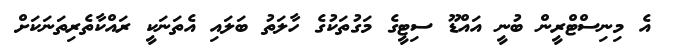
އެ މިނިސްޓްރީން ބުނީ އައްޑޫ ސިޓީގެ މަގުތަކުގެ ހާލަތު ބަލައި އެތަނަކީ ރައްކާތެރިތަނަކަށް